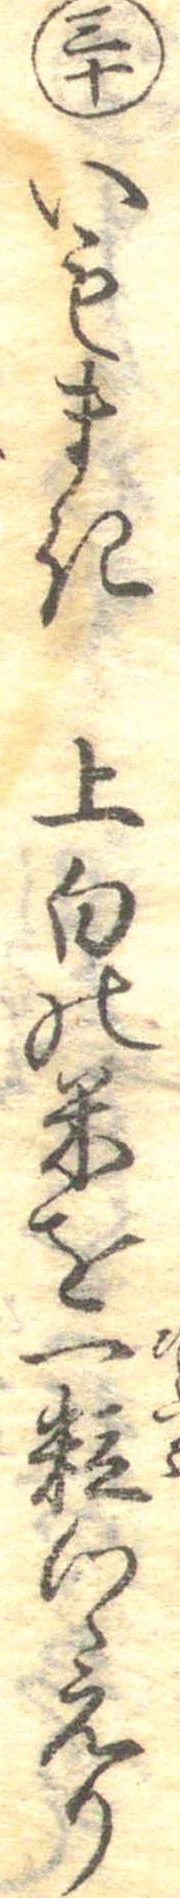
三十いもまき上白の米を一粒つゝえり